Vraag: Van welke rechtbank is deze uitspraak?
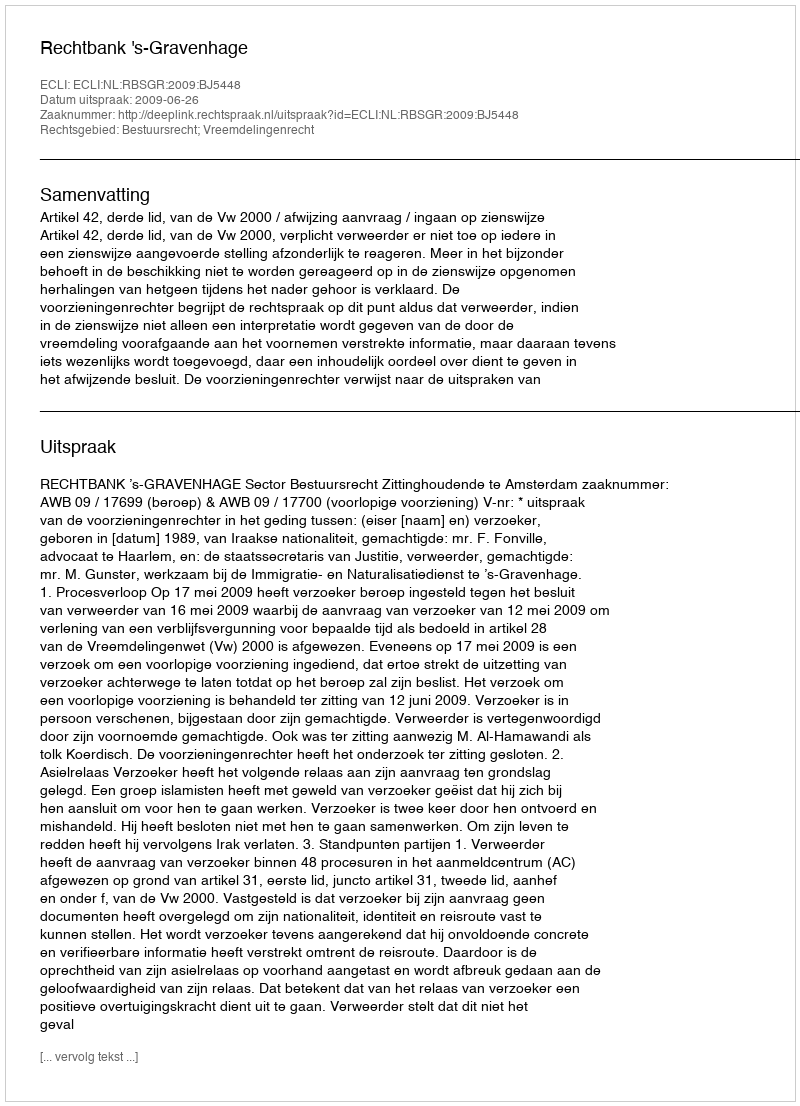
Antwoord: Rechtbank 's-Gravenhage